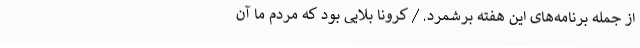
از جمله برنامه‌های این هفته برشمرد. / کرونا بلایی بود که مردم ما آن